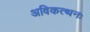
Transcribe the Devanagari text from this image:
अविकत्थनः